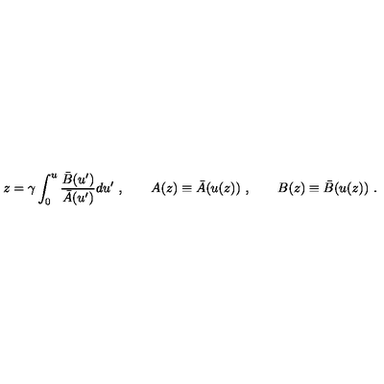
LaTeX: z = \gamma \int _ { 0 } ^ { u } \frac { { \bar { B } } ( u ^ { \prime } ) } { { \bar { A } } ( u ^ { \prime } ) } d u ^ { \prime } \ , \qquad A ( z ) \equiv { \bar { A } } ( u ( z ) ) \ , \qquad B ( z ) \equiv { \bar { B } } ( u ( z ) ) \ .